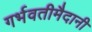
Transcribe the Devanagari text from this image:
गर्भवतीमैदानी